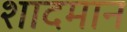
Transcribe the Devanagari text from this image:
शादमान